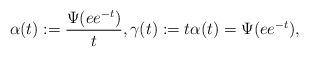
LaTeX: \begin{align*}\alpha(t):= \frac{\Psi(e e^{-t})}{t}, \gamma(t):= t \alpha(t) = \Psi(e e^{-t}), \end{align*}